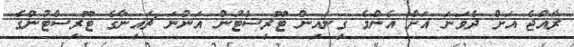
ރާއްޖެ އަށް ދެވަނަ އަށް އެންމެ ގިނައިން ޓޫރިސްޓުން އަންނަ ޗައިނާގެ ޓޫރިސްޓުންގެ